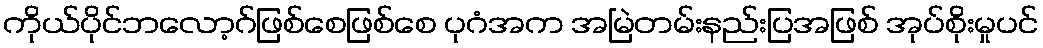
ကိုယ်ပိုင်ဘလော့ဂ်ဖြစ်စေဖြစ်စေ ပုဂံအက အမြဲတမ်းနည်းပြအဖြစ် အုပ်စိုးမှုပင်